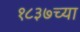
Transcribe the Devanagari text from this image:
१८३७च्या